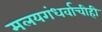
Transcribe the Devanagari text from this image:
मलयगंधर्वाचीही